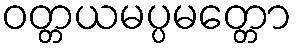
ဝတ္တယမပ္ပမတ္တော